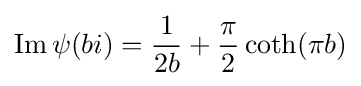
\operatorname {Im} \psi (bi)={\frac {1}{2b}}+{\frac {\pi }{2}}\coth(\pi b)